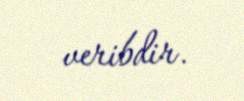
veribdir.